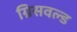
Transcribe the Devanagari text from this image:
ग्रिसवल्ड